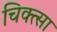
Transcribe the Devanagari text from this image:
चिक्त्सा